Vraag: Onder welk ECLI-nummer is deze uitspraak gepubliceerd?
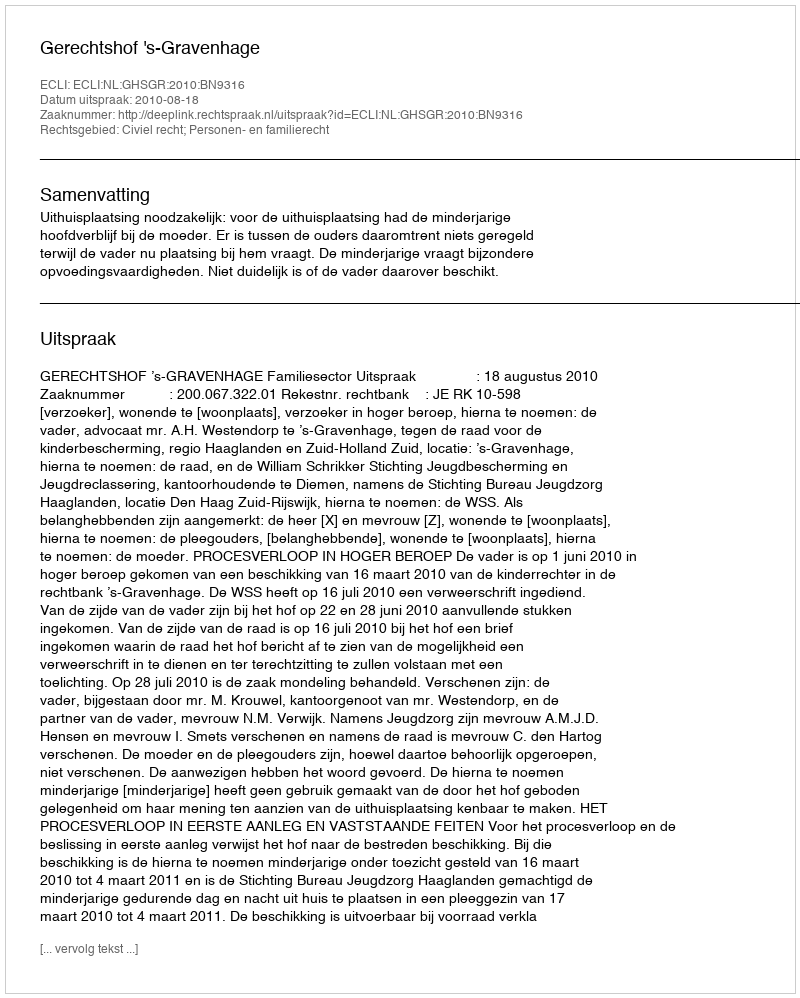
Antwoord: ECLI:NL:GHSGR:2010:BN9316